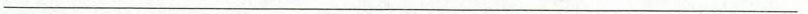
___